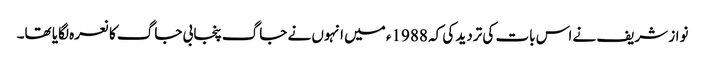
نواز شریف نے اس بات کی تردید کی کہ 1988ء میں انہوں نے جاگ پنجابی جاگ کا نعرہ لگایا تھا۔